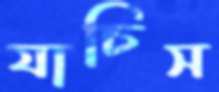
যাচিস